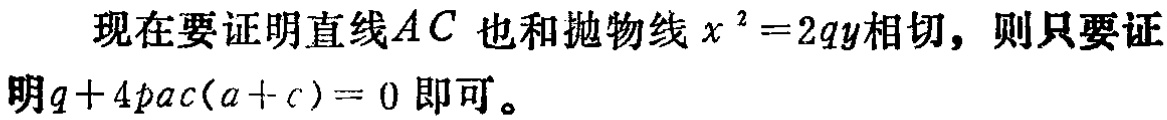
现在要证明直线\(AC\) 也和抛物线\(x^{2}=2qy\)相切，则只要证明\(q + 4pac(a + c)=0\) 即可。